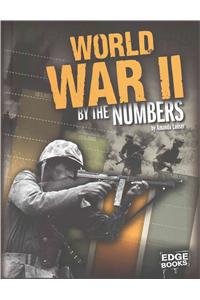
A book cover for World War II by the Numbers (America at War by the Numbers); Amanda Lanser; Children's Books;